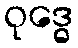
ဝုဒ္ဓေ